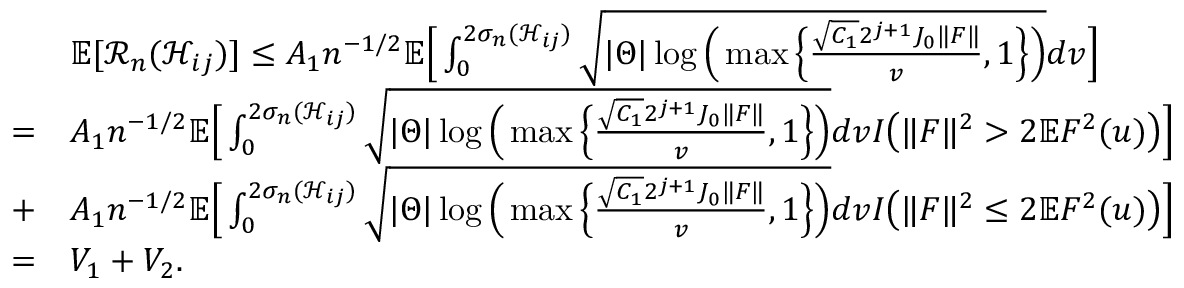
\begin{array} { r l } & { \mathbb { E } [ \mathcal { R } _ { n } ( \mathcal { H } _ { i j } ) ] \leq A _ { 1 } n ^ { - 1 / 2 } \mathbb { E } \Big [ \int _ { 0 } ^ { 2 \sigma _ { n } ( \mathcal { H } _ { i j } ) } \sqrt { | \Theta | \log \Big ( \operatorname* { m a x } \Big \{ \frac { \sqrt { C _ { 1 } } 2 ^ { j + 1 } J _ { 0 } \Vert F \Vert } { v } , 1 \Big \} \Big ) } d v \Big ] } \\ { = } & { A _ { 1 } n ^ { - 1 / 2 } \mathbb { E } \Big [ \int _ { 0 } ^ { 2 \sigma _ { n } ( \mathcal { H } _ { i j } ) } \sqrt { | \Theta | \log \Big ( \operatorname* { m a x } \Big \{ \frac { \sqrt { C _ { 1 } } 2 ^ { j + 1 } J _ { 0 } \Vert F \Vert } { v } , 1 \Big \} \Big ) } d v I \big ( \Vert F \Vert ^ { 2 } > 2 \mathbb { E } F ^ { 2 } ( u ) \big ) \Big ] } \\ { + } & { A _ { 1 } n ^ { - 1 / 2 } \mathbb { E } \Big [ \int _ { 0 } ^ { 2 \sigma _ { n } ( \mathcal { H } _ { i j } ) } \sqrt { | \Theta | \log \Big ( \operatorname* { m a x } \Big \{ \frac { \sqrt { C _ { 1 } } 2 ^ { j + 1 } J _ { 0 } \Vert F \Vert } { v } , 1 \Big \} \Big ) } d v I \big ( \Vert F \Vert ^ { 2 } \leq 2 \mathbb { E } F ^ { 2 } ( u ) \big ) \Big ] } \\ { = } & { V _ { 1 } + V _ { 2 } . } \end{array}